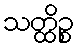
သတ္ထိဉ္စ